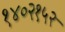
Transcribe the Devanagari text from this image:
१४०२१५२